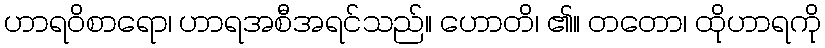
ဟာရဝိစာရော၊ ဟာရအစီအရင်သည်။ ဟောတိ၊ ၏။ တတော၊ ထိုဟာရကို